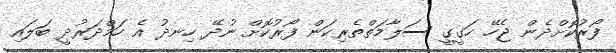
ފޯރުކޮށްދެން ޖެހޭ ހަގީގީ ސަލާމަތްތެރިކަން ފޯރުކޮށް ނުދޭ ހިނދު އެ ހަމްދަރުދީ ބަލައި